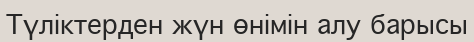
Түліктерден жүн өнімін алу барысы